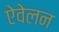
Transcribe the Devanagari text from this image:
ऐवेलन